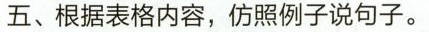
五、根据表格内容,仿照例子说句子。